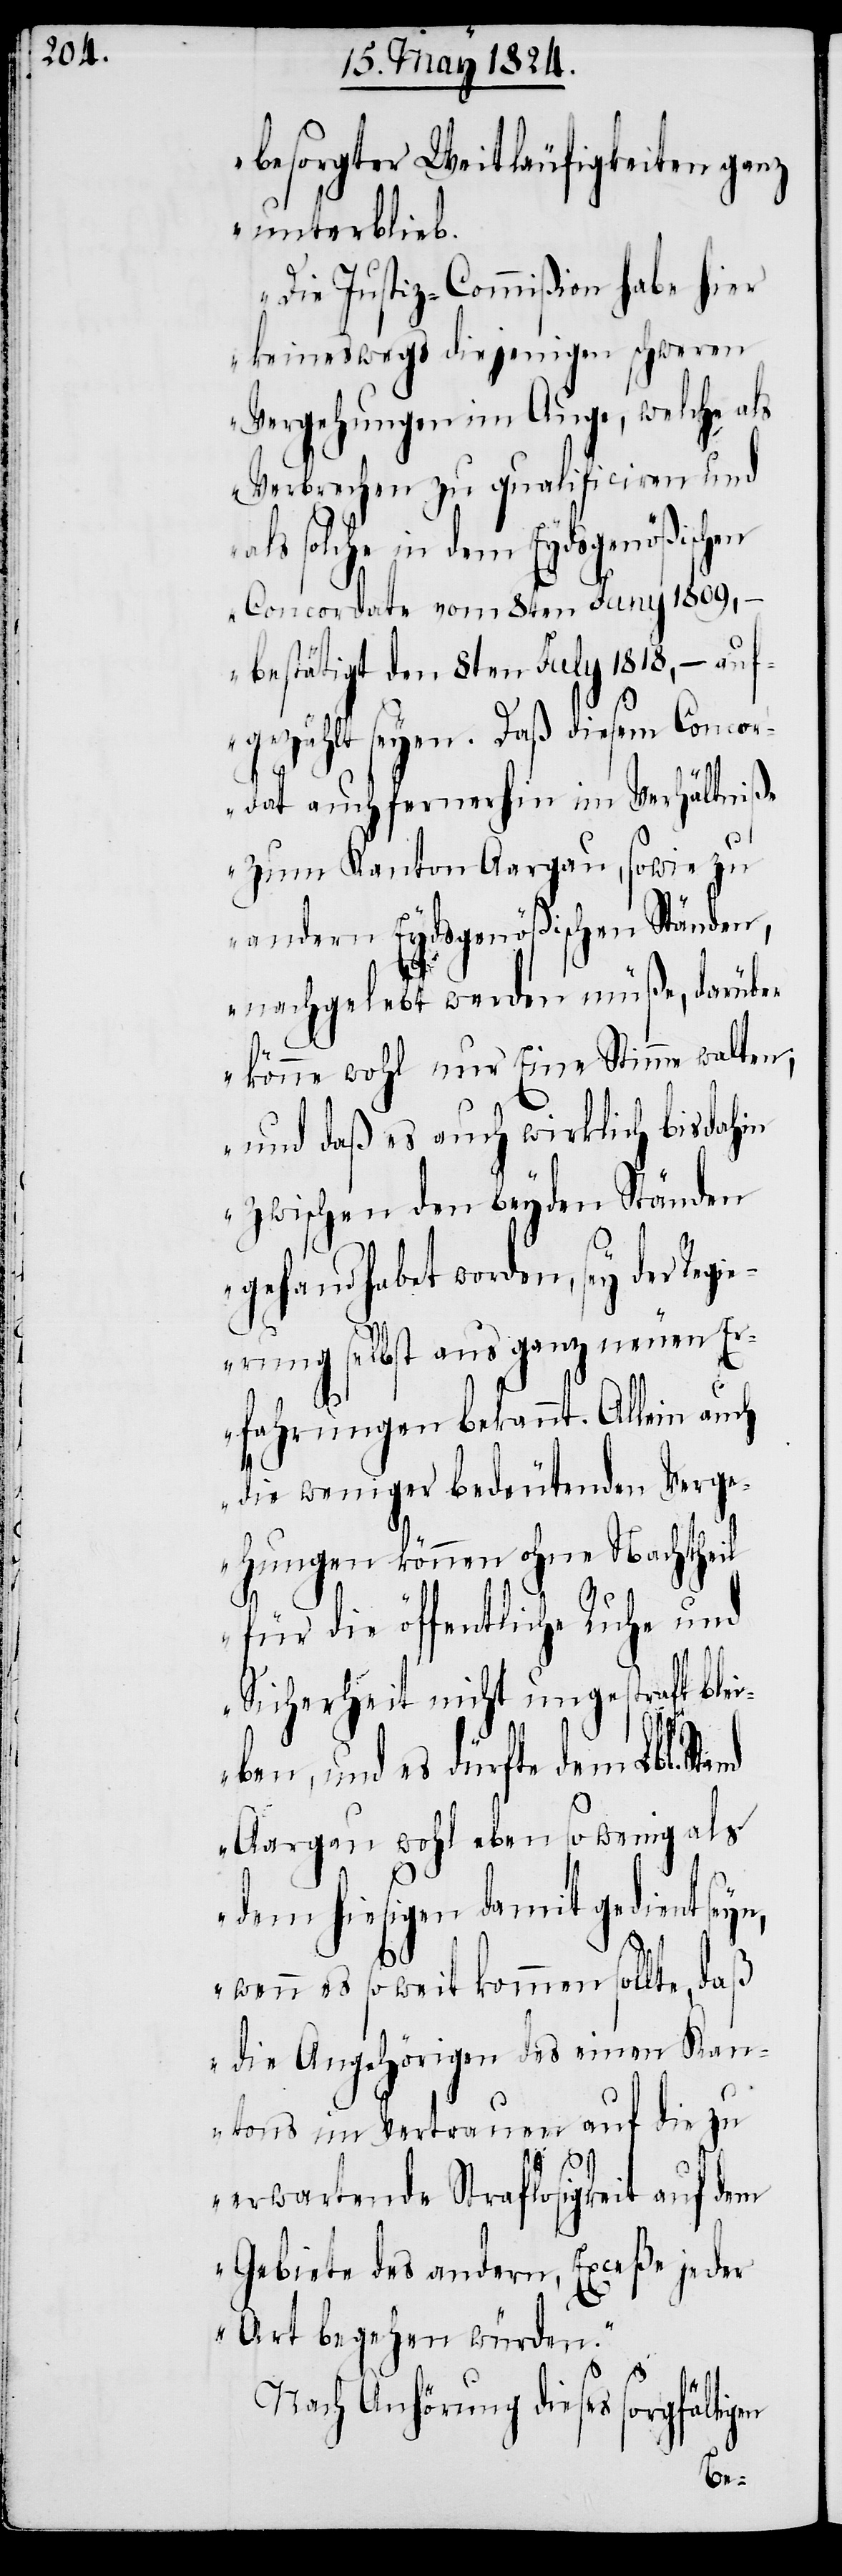
besorgter Weitläufigkeiten ganz
unterblieb.
Die Justiz-Commißion habe hier
keineswegs diejenigen schweren
Vergehungen im Auge, welche als
Verbrechen zu qualificiren und
als solche in dem Eydsgenößischen
Concordate vom 8ten Juny 1809,
– bestätigt den 8ten July 1818, – auf¬
gezählt seyen. Daß diesem Conco¬
rdat auch fernerhin im Verhältniße
zum Kanton Aargau, sowie zu
andern Eydsgenößischen Ständen,
nachgelebt werden müße, darüber
könne wohl nur Eine Stimme walten;
und daß es auch wirklich bis dahin
zwischen den beyden Ständen
gehandelt worden, sey der Regi¬
erung selbst aus ganz neuen Er¬
fahrungen bekannt. Allein auch
die weniger bedeutenden Verge¬
hungen können ohne Nachtheil
für die öffentliche Ruhe und
Sicherheit nicht ungestraft blei¬
ben, und es dürfte dem Lbl.
Aargau wohl eben so wenig als
dem hiesigen damit gedient seyn,
wenn es so weit kommen sollte, daß
die Angehörigen des einen Kan¬
tons im Vertrauen auf die zu
erwartende Straflosigkeit auf dem
Gebiete des andern, Exceße jeder
Art begehen würden.“
Nach Anhörung dieses sorgfältigen